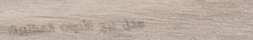
محل بيع الأدوات المكتبية: